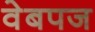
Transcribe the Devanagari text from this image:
वेबपज